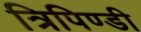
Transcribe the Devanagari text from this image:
त्रिपिण्डी